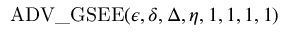
\mathrm { A D V \_ G S E E } ( \epsilon , \delta , \Delta , \eta , 1 , 1 , 1 , 1 )